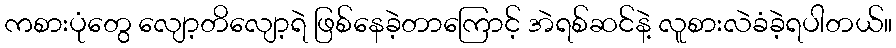
ကစားပုံတွေ လျော့တိလျော့ရဲ ဖြစ်နေခဲ့တာကြောင့် အဲရစ်ဆင်နဲ့ လူစားလဲခံခဲ့ရပါတယ်။